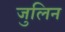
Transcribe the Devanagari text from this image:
जुलिन